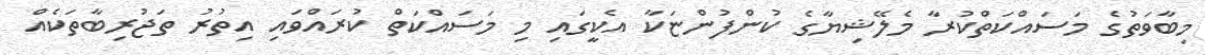
މިބާވަތުގެ މަސައްކަތްކުރާ މެލޭޝިޔާގެ ކުންފުންޏަކާ އެކީގައި މި މަސައްކަތް ކުރައްވައި އިތުރު ތަޖުރިބާތަކެއް